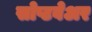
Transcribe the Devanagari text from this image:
सोप्टवेअर